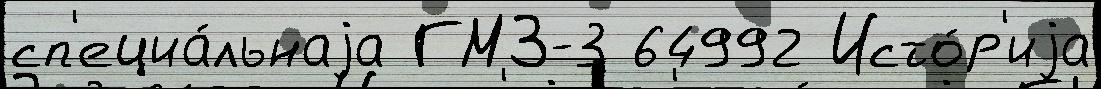
сп'ециа́льнаjа ГМЗ-3 64992 Исто́р'иjа